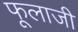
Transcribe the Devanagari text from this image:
फूलाजी